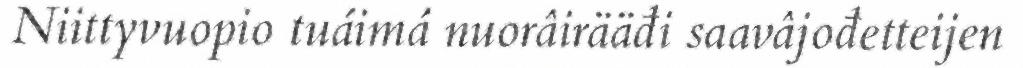
Niittyvuopio tuáimá nuorâirääđi saavâjođetteijen